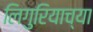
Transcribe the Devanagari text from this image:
लिगुरियाच्या